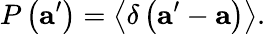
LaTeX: P\left(\mathbf{a}^{\prime}\right)=\left\langle\delta\left(\mathbf{a}^{\prime}-\mathbf{a}\right)\right\rangle.